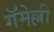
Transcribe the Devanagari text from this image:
गॅमेल्ली